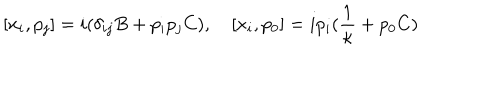
LaTeX: [ x _ { i } , p _ { j } ] = i ( \delta _ { i j } B + p _ { i } p _ { j } C ) , \quad [ x _ { i } , p _ { 0 } ] = i p _ { i } ( \frac { 1 } { \kappa } + p _ { 0 } C )